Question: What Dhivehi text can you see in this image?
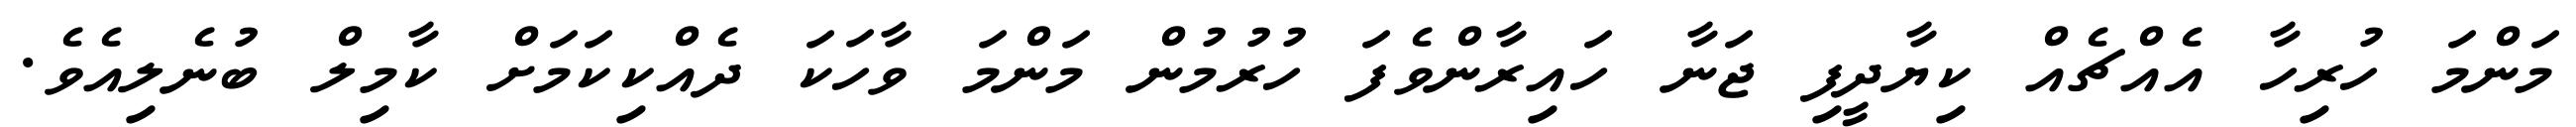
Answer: މަންމަ ހުރިހާ އެއްޗެއް ކިޔާދީފި ޖަނާ ހައިރާންވެފަ ހުރުމުން މަންމަ ވާހަކަ ދެއްކިކަމަށް ކާމިލް ބުނެލިއެވެ.